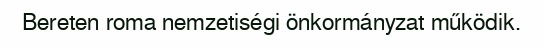
Bereten roma nemzetiségi önkormányzat működik.